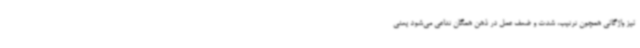
نیز واژگانی همچون ترتیب، شدت و ضعف عمل در ذهن همگان تداعی می‌شود یعنی